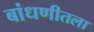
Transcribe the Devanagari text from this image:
बांधणीतला